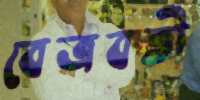
বেত্রবতী